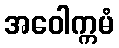
အဝေါက္ကမံ